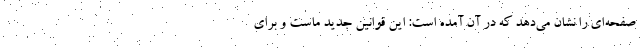
صفحه‌ای را نشان می‌دهد که در آن آمده است: این قوانین جدید ماست و برای